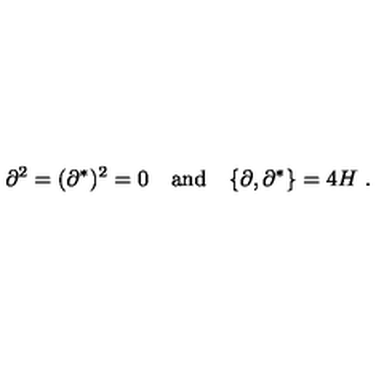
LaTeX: \partial ^ { 2 } = ( \partial ^ { * } ) ^ { 2 } = 0 \quad \mathrm { a n d } \quad \{ \partial , \partial ^ { * } \} = 4 H \ .